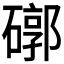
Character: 𥕖